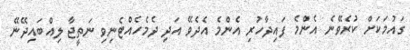
ގައުމަކަށް ކުރެވޭނެ އެންމެ ފައިދާހުރި އެންމެ އެދެވޭ އަދި ދެމެހެއްޓެނިވި ނަތީޖާ ލިއްބައިދޭނޭ